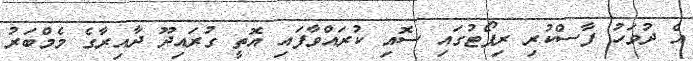
އެ ދުވަހު ފާސްކުރި ރިޕޯޓުގައި ސޮއި ކުރައްވާފައި އޮތީ ގުރައިދޫ ދާއިރާގެ މެމްބަރު